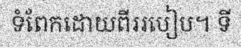
ទំពែកដោយពីររបៀប។ ទី